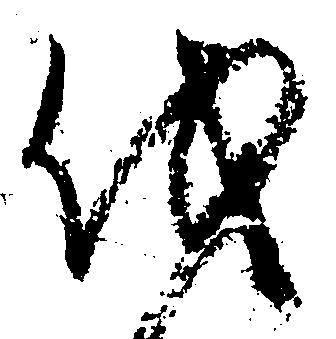
伐